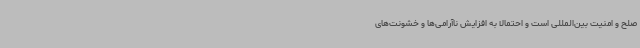
صلح و امنیت بین‌المللی است و احتمالا به افزایش ناآرامی‌ها و خشونت‌های